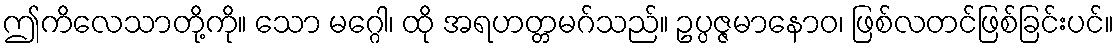
ဤကိလေသာတို့ကို။ သော မဂ္ဂေါ၊ ထို အရဟတ္တမဂ်သည်။ ဥပ္ပဇ္ဇမာနောဝ၊ ဖြစ်လတင်ဖြစ်ခြင်းပင်။